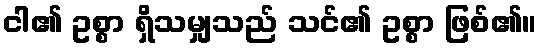
ငါ၏ ဥစ္စာ ရှိသမျှသည် သင်၏ ဥစ္စာ ဖြစ်၏။